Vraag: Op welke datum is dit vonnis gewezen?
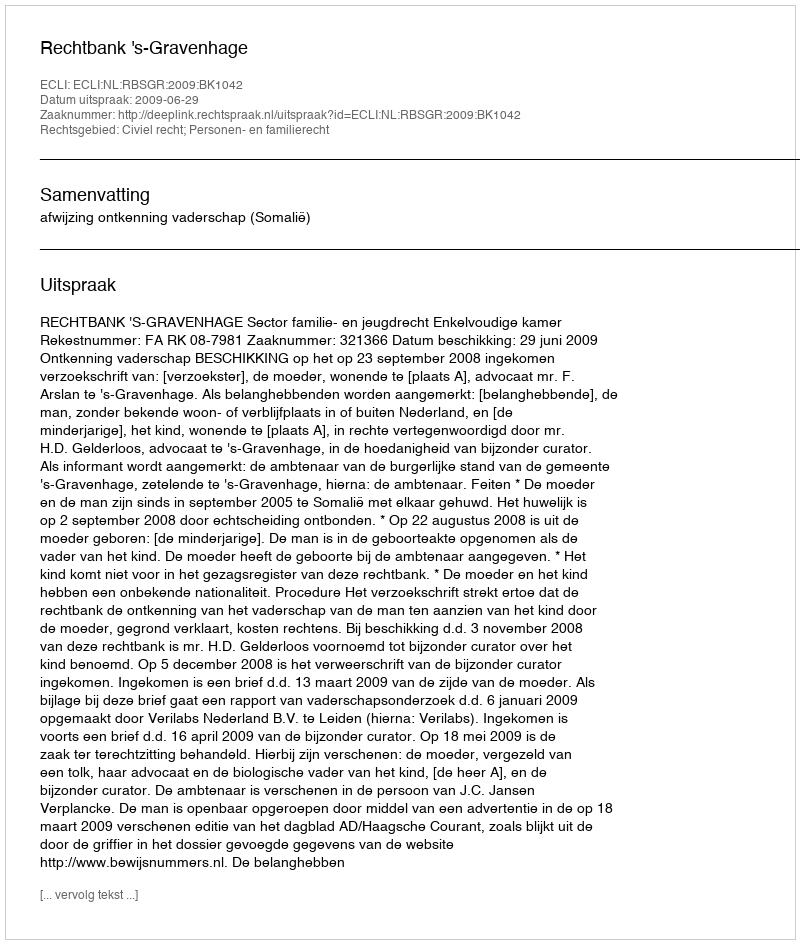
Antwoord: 2009-06-29